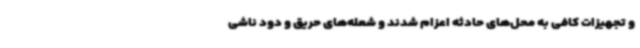
و تجهیزات کافی به محل‌های حادثه اعزام شدند و شعله‌های حریق و دود ناشی